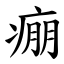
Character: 痭